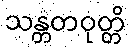
သန္တတဝုတ္တိ